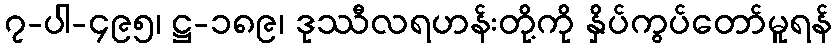
၇-ပါ-၄၉၅၊ ဋ္ဌ-၁၈၉၊ ဒုဿီလရဟန်းတို့ကို နှိပ်ကွပ်တော်မူရန်